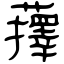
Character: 蘀